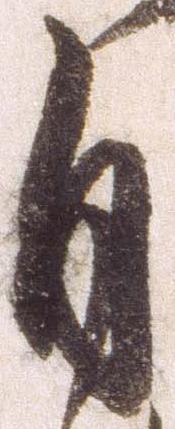
自